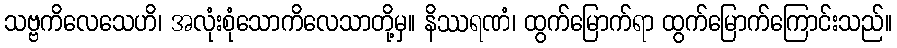
သဗ္ဗကိလေသေဟိ၊ အလုံးစုံသောကိလေသာတို့မှ။ နိဿရဏံ၊ ထွက်မြောက်ရာ ထွက်မြောက်ကြောင်းသည်။